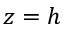
z = h